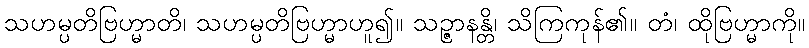
သဟမ္ပတိဗြဟ္မာတိ၊ သဟမ္ပတိဗြဟ္မာဟူ၍။ သဉ္ဇာနန္တိ၊ သိကြကုန်၏။ တံ၊ ထိုဗြဟ္မာကို။